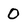
Character: 0